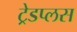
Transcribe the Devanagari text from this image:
ट्रेडप्लस